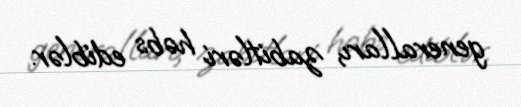
generalları, zabitləri həbs ediblər.